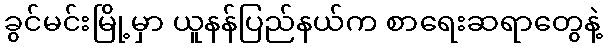
ခွင်မင်းမြို့မှာ ယူနန်ပြည်နယ်က စာရေးဆရာတွေနဲ့